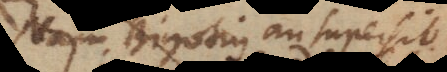
Bigotius an supersit